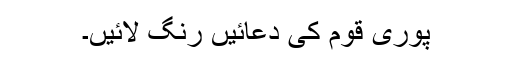
پوری قوم کی دعائیں رنگ لائیں۔